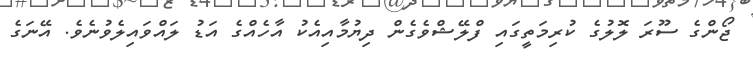
ޖޯންގެ ސޫރަ ލޮލުގެ ކުރިމަތީގައި ފްލޭޝްވެގެން ދިޔުމާއިއެކު އާހެއްގެ އަޑު ލައްވައިލެވުނެވެ. އޭނަގެ